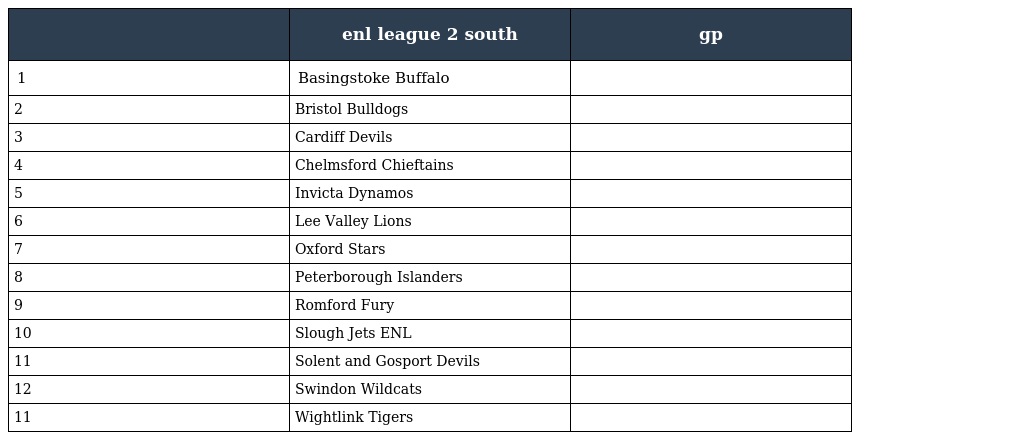
|  | enl league 2 south | gp |
 | --- | --- | --- |
 | 1 | Basingstoke Buffalo |  |
 | 2 | Bristol Bulldogs |  |
 | 3 | Cardiff Devils |  |
 | 4 | Chelmsford Chieftains |  |
 | 5 | Invicta Dynamos |  |
 | 6 | Lee Valley Lions |  |
 | 7 | Oxford Stars |  |
 | 8 | Peterborough Islanders |  |
 | 9 | Romford Fury |  |
 | 10 | Slough Jets ENL |  |
 | 11 | Solent and Gosport Devils |  |
 | 12 | Swindon Wildcats |  |
 | 11 | Wightlink Tigers |  |